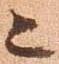
ニ